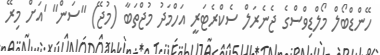
ހޭންޑްބޯލް މޯލްޑިވްސްގެ ޖެނެރަލް ސެކްރެޓަރީ އަހްމަދު މުޖްތަބާ (މުޖޭ) "ސަން" 'އަށް މިރޭ